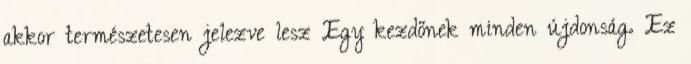
akkor természetesen jelezve lesz Egy kezdőnek minden újdonság. Ez